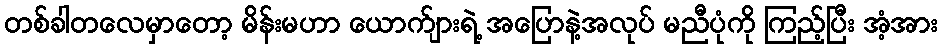
တစ်ခါတလေမှာတော့ မိန်းမဟာ ယောက်ျားရဲ့ အပြောနဲ့အလုပ် မညီပုံကို ကြည့်ပြီး အံ့အား